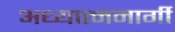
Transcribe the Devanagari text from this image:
अध्यात्ममार्गी